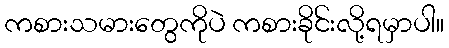
ကစားသမားတွေကိုပဲ ကစားခိုင်းလို့ရမှာပါ။